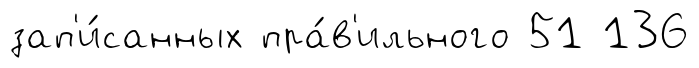
зап'и́санных пра́в'ильного 51 136